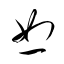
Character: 恕